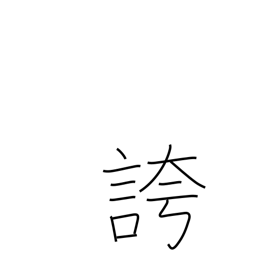
Meaning: triumphantly